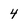
Character: 4